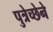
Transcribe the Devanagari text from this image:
पुत्रेच्छेने